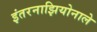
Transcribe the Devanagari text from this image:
इंतरनाझियोनाले